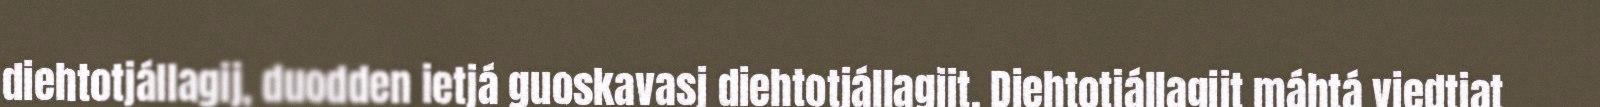
diehtotjállagij, duodden ietjá guoskavasj diehtotjállagijt. Diehtotjállagijt máhtá viedtjat